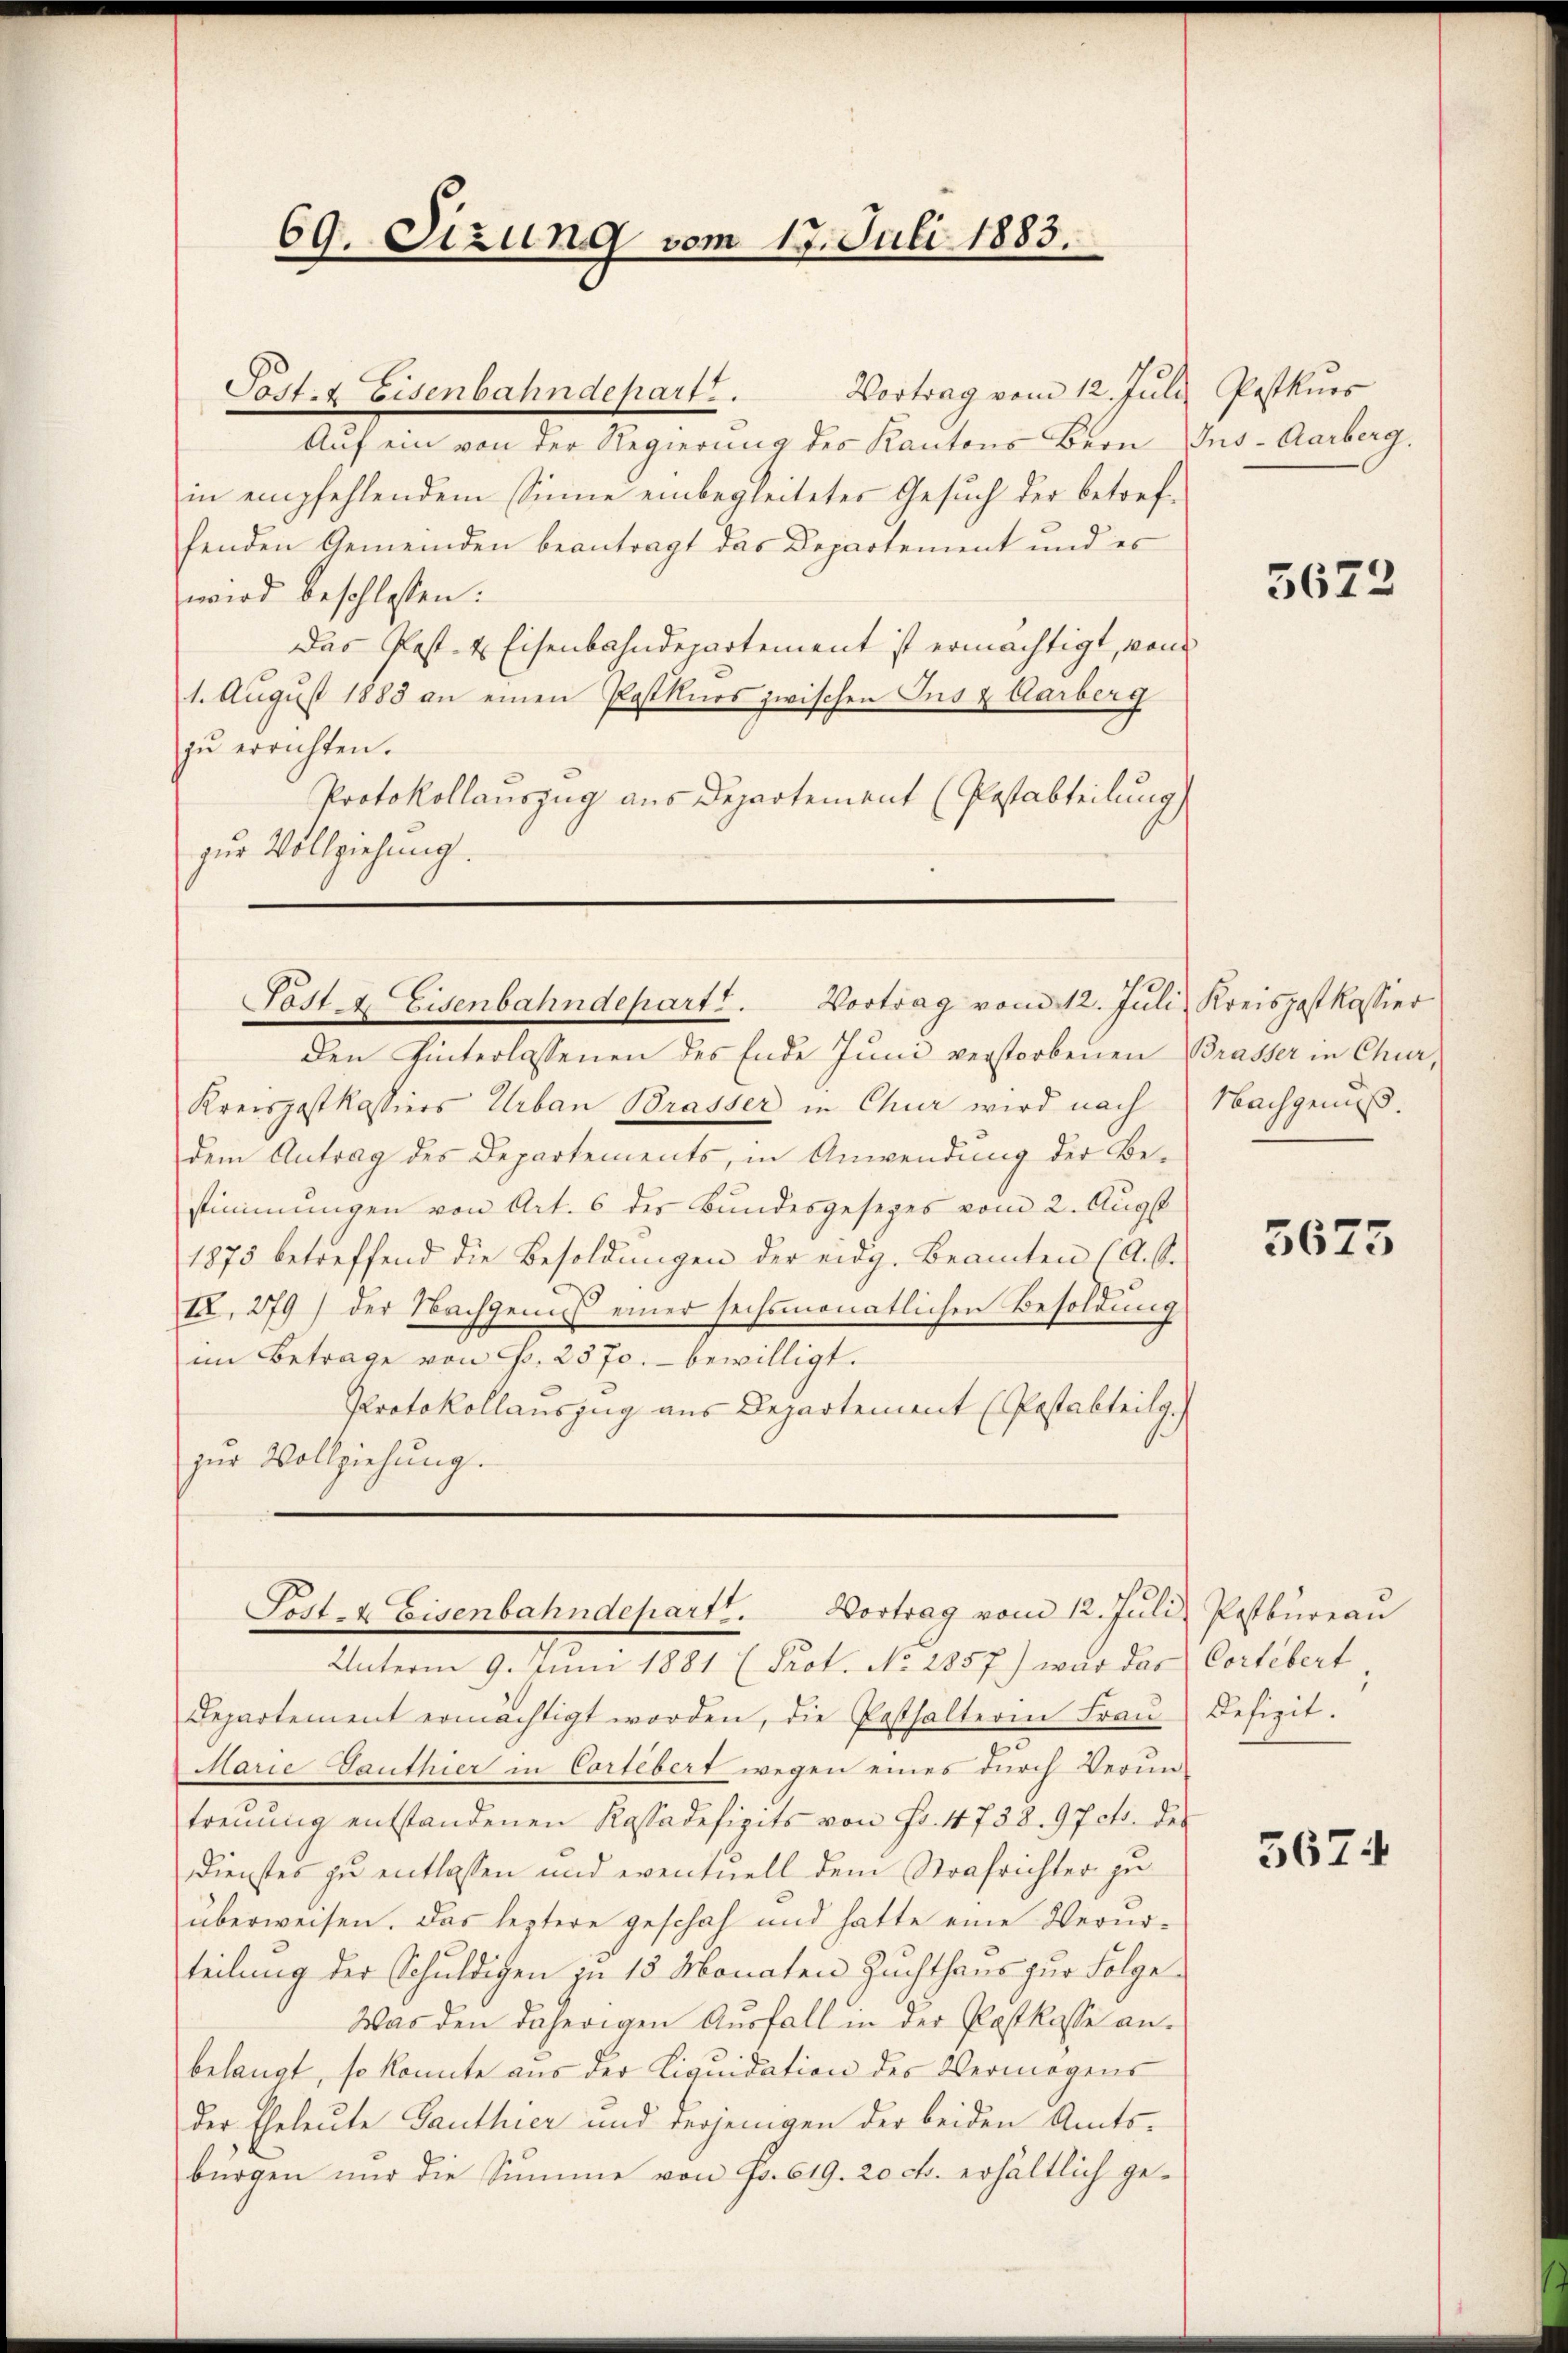
69. Sizung vom 17. Juli 1883.

Vortrag vom 12. Juli Postkurs
Auf ein von der Regierung des Kantons Bern Ins-Aarberg.
in empfehlendem Sinne einbegleitetes Gesuch der betreffenden Gemeinden beantragt das Departement und es
wird beschlossen.
Das Post- & Eisenbahndepartement ist ermächtigt, von
1. August 1883 an einen Postkurs zwischen Ins & Karberg
zŭ errichten.
Protokollauszug aus Departement (Passabteilung
zur Vollziehung.

Post. Eisenbahndepart.

Post & Eisenbahndepart. Vortrag vom 12. Juli, Kreispostkassier

den hinterlassenen des Ende Juni verstorbenen Brasser in Chur,
Kreispostkassiers Urban Brasser in Chur wird nach Nachgenuß.
dem Antrag des Departements, in Anwendung der Bestimmungen von Art. 6 des Bundesgesezes vom 2. Augst
1875 betreffend die Besoldungen der eidg. Beamten (A. S.
IX, 279) der Nachgenuß einer sechsmonatlichen Besoldung
im Betrage von Fr. 2570. - bewilligt.
Protokollauszug aus Departement (Postabteilg.)
zur Vollziehung.

Post- & Eisenbahndepartt. Vortrag vom 12. Juli, Pestbureau

Unterm 9. Juni 1881 (Prot. No. 2857) war das Cortebert.
Departement ermächtigt worden, die Pesthalterin Fraŭ Defizit.
Marie Ganthier in Cartebert wegen eines durch Veruntreŭŭng entstandenen Kassadefizits von Fr. 4738. 97 cts. des
Dienstes zu entlassen und eventuell dem Strafrichter zu
überweisen. Das leztere geschah und hatte eine Verurteilung der Schuldigen zu 13 Monaten Zuchthaus zur Folge¬
Was den daherigen Ausfall in der Postkasse an.
belangt, so konnte aus der Liquidation des Vermögens
der Eheleute Ganthier und derjenigen der beiden Amtsbürgen nŭr die Summe von Fr. 619. 20 ct. erhältlich ge¬

5672

5675

5674